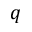
q